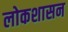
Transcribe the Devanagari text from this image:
लोकशासन